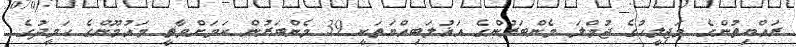
ރައްޔިތުންގެ މަޖިލީހުގެ ޖުމްލަ މެންބަރުންގެ އަޣުލަބިއްޔަތަކީ 39 މެންބަރުން ކަމަށްވާތީ މައުމޫންގެ ހަމީދުގެ